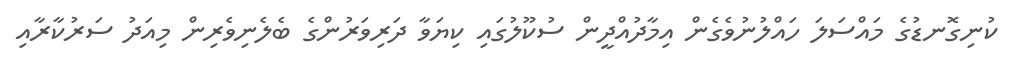
ކުނިގޮނޑުގެ މައްސަލަ ހައްލުނުވެގެން އިމާދުއްދީން ސުކޫލުގައި ކިޔަވާ ދަރިވަރުންގެ ބެލެނިވެރިން މިއަދު ސަރުކާރާއި